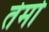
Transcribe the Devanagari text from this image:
तेमो